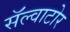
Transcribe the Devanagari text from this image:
सॅल्वाटोर